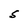
Character: S